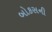
બોકસની